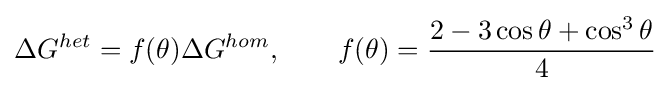
\Delta G^{het}=f(\theta )\Delta G^{hom},\qquad f(\theta )={\frac {2-3\cos \theta +\cos ^{3}\theta }{4}}